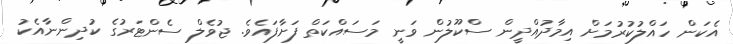
އެކަން ހައްލުކުރުމަށް އިމާދުއްދީން ސްކޫލުން ވަނީ މަސައްކަތް ފަށާފައެވެ. ޖުވެލް ސެންޓަރުގެ ކުދިންނާއެކު